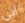
أبي